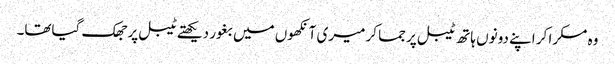
وہ مسکرا کر اپنے دونوں ہاتھ ٹیبل پر جما کر میری آنکھوں میں بغور دیکھتے ٹیبل پر جھک گیاتھا۔